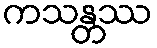
ကသန္တဿ